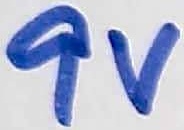
Text: 9V